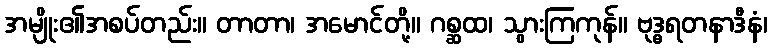
အမျိုး၏အစပ်တည်း။ တာတာ၊ အမောင်တို့။ ဂစ္ဆထ၊ သွားကြကုန်။ ဗုဒ္ဓရတနာဒီနံ၊